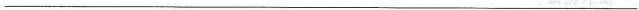
___